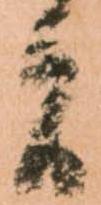
間